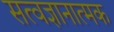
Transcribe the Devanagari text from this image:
सत्वज्ञानात्मक